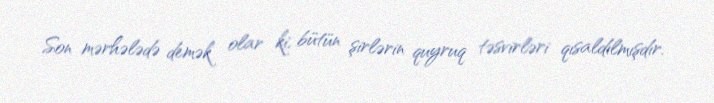
Son mərhələdə demək olar ki, bütün şirlərin quyruq təsvirləri qısaldılmışdır.